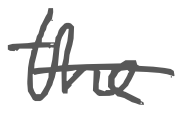
Text: the
Cross-out: single-line
Writing tool: digital_gray